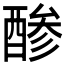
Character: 𮠳